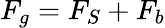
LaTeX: F_{g}=F_{S}+F_{b}